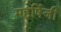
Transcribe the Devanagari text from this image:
महर्षिजी